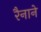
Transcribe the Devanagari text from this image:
रैनाने